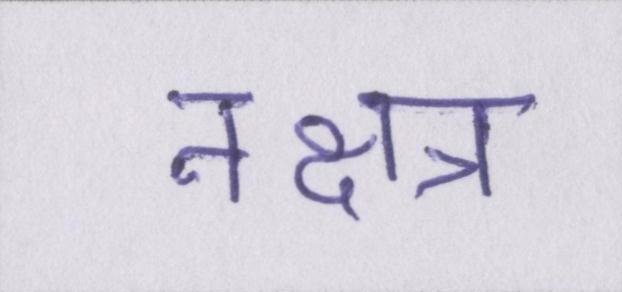
नक्षत्र